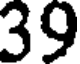
39